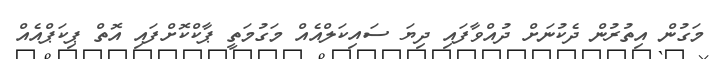
މަގުން އިތުރުން ދެކުނަށް ދުއްވާފައި ދިޔަ ސައިކަލްއެއް މަގުމަތީ ޕާކްކޮށްފައި އޮތް ޕިކަޕްއެއް